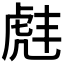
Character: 𫊠